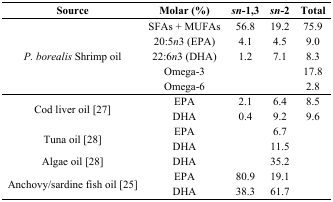
<table><thead><tr><td><b>Source</b></td><td><b>Molar (%)</b></td><td><b><i>sn</i>-1,3</b></td><td><b><i>sn</i>-2</b></td><td><b>Total</b></td></tr></thead><tbody><tr><td rowspan="5"><i>P. borealis</i> Shrimp oil</td><td>SFAs + MUFAs</td><td>56.8</td><td>19.2</td><td>75.9</td></tr><tr><td>20:5<i>n</i>3 (EPA)</td><td>4.1</td><td>4.5</td><td>9.0</td></tr><tr><td>22:6<i>n</i>3 (DHA)</td><td>1.2</td><td>7.1</td><td>8.3</td></tr><tr><td>Omega-3</td><td></td><td></td><td>17.8</td></tr><tr><td>Omega-6</td><td></td><td></td><td>2.8</td></tr><tr><td rowspan="2">Cod liver oil [27]</td><td>EPA</td><td>2.1</td><td>6.4</td><td>8.5</td></tr><tr><td>DHA</td><td>0.4</td><td>9.2</td><td>9.6</td></tr><tr><td rowspan="2">Tuna oil [28]</td><td>EPA</td><td></td><td>6.7</td><td></td></tr><tr><td>DHA</td><td></td><td>11.5</td><td></td></tr><tr><td>Algae oil [28]</td><td>DHA</td><td></td><td>35.2</td><td></td></tr><tr><td rowspan="2">Anchovy/sardine fish oil [25]</td><td>EPA</td><td>80.9</td><td>19.1</td><td></td></tr><tr><td>DHA</td><td>38.3</td><td>61.7</td><td></td></tr></tbody></table>